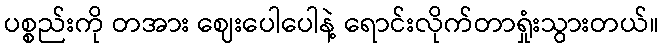
ပစ္စည်းကို တအား ဈေးပေါပေါနဲ့ ရောင်းလိုက်တာရှုံးသွားတယ်။